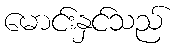
မောင်းနှင်သည်